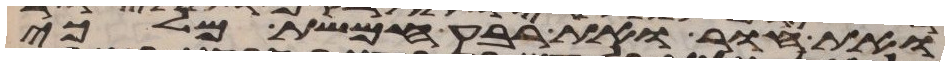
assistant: ואת חור ואת רבע חמשת מלכי